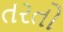
તરતો